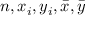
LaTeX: n , x _ { i } , y _ { i } , { \bar { x } } , { \bar { y } }